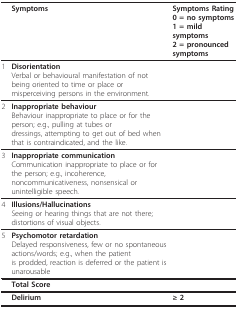
|  | Symptoms | Symptoms Rating0 = no symptoms1 = mild symptoms2 = pronounced symptoms |
 | --- | --- | --- |
 | 1 | DisorientationVerbal or behavioural manifestation of not being oriented to time or place ormisperceiving persons in the environment. |  |
 | 2 | Inappropriate behaviourBehaviour inappropriate to place or for the person; e.g., pulling at tubes ordressings, attempting to get out of bed when that is contraindicated, and the like. |  |
 | 3 | Inappropriate communicationCommunication inappropriate to place or for the person; e.g., incoherence,noncommunicativeness, nonsensical or unintelligible speech. |  |
 | 4 | Illusions/HallucinationsSeeing or hearing things that are not there; distortions of visual objects. |  |
 | 5 | Psychomotor retardationDelayed responsiveness, few or no spontaneous actions/words; e.g., when the patientis prodded, reaction is deferred or the patient is unarousable |  |
 |  | Total Score |  |
 |  | Delirium | ≥ 2 |